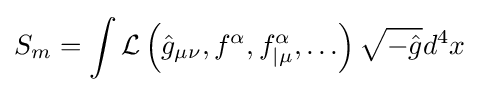
S_{m}=\int {\mathcal {L}}\left({\hat {g}}_{\mu \nu },f^{\alpha },f_{|\mu }^{\alpha },\ldots \right){\sqrt {-{\hat {g}}}}d^{4}x